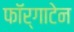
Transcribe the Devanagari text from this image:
फॉर्गाटेन